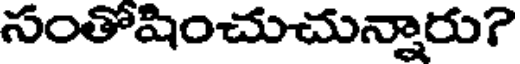
సంతోషించుచున్నారు?